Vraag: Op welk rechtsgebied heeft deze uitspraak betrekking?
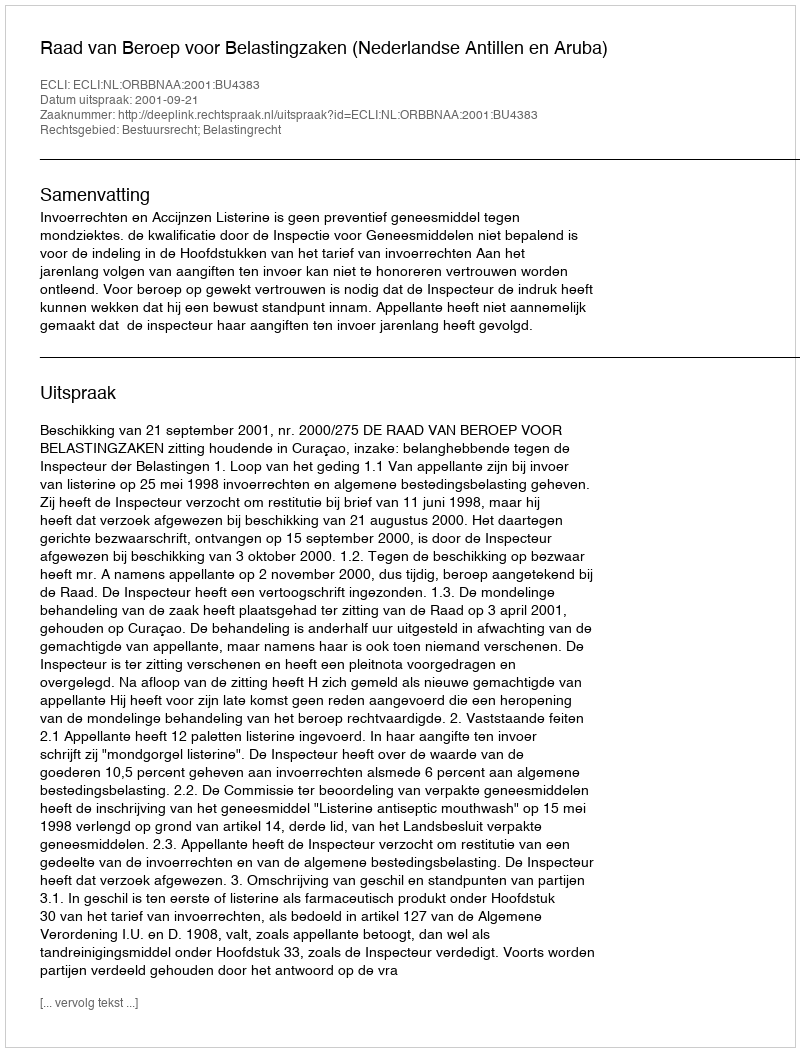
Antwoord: Bestuursrecht; Belastingrecht